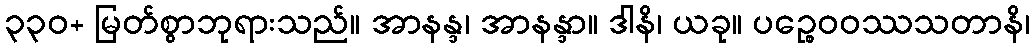
၃၃၀+ မြတ်စွာဘုရားသည်။ အာနန္ဒ၊ အာနန္ဒာ။ ဒါနိ၊ ယခု။ ပဉ္စေဝဝဿသတာနိ၊